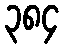
၃၈၄